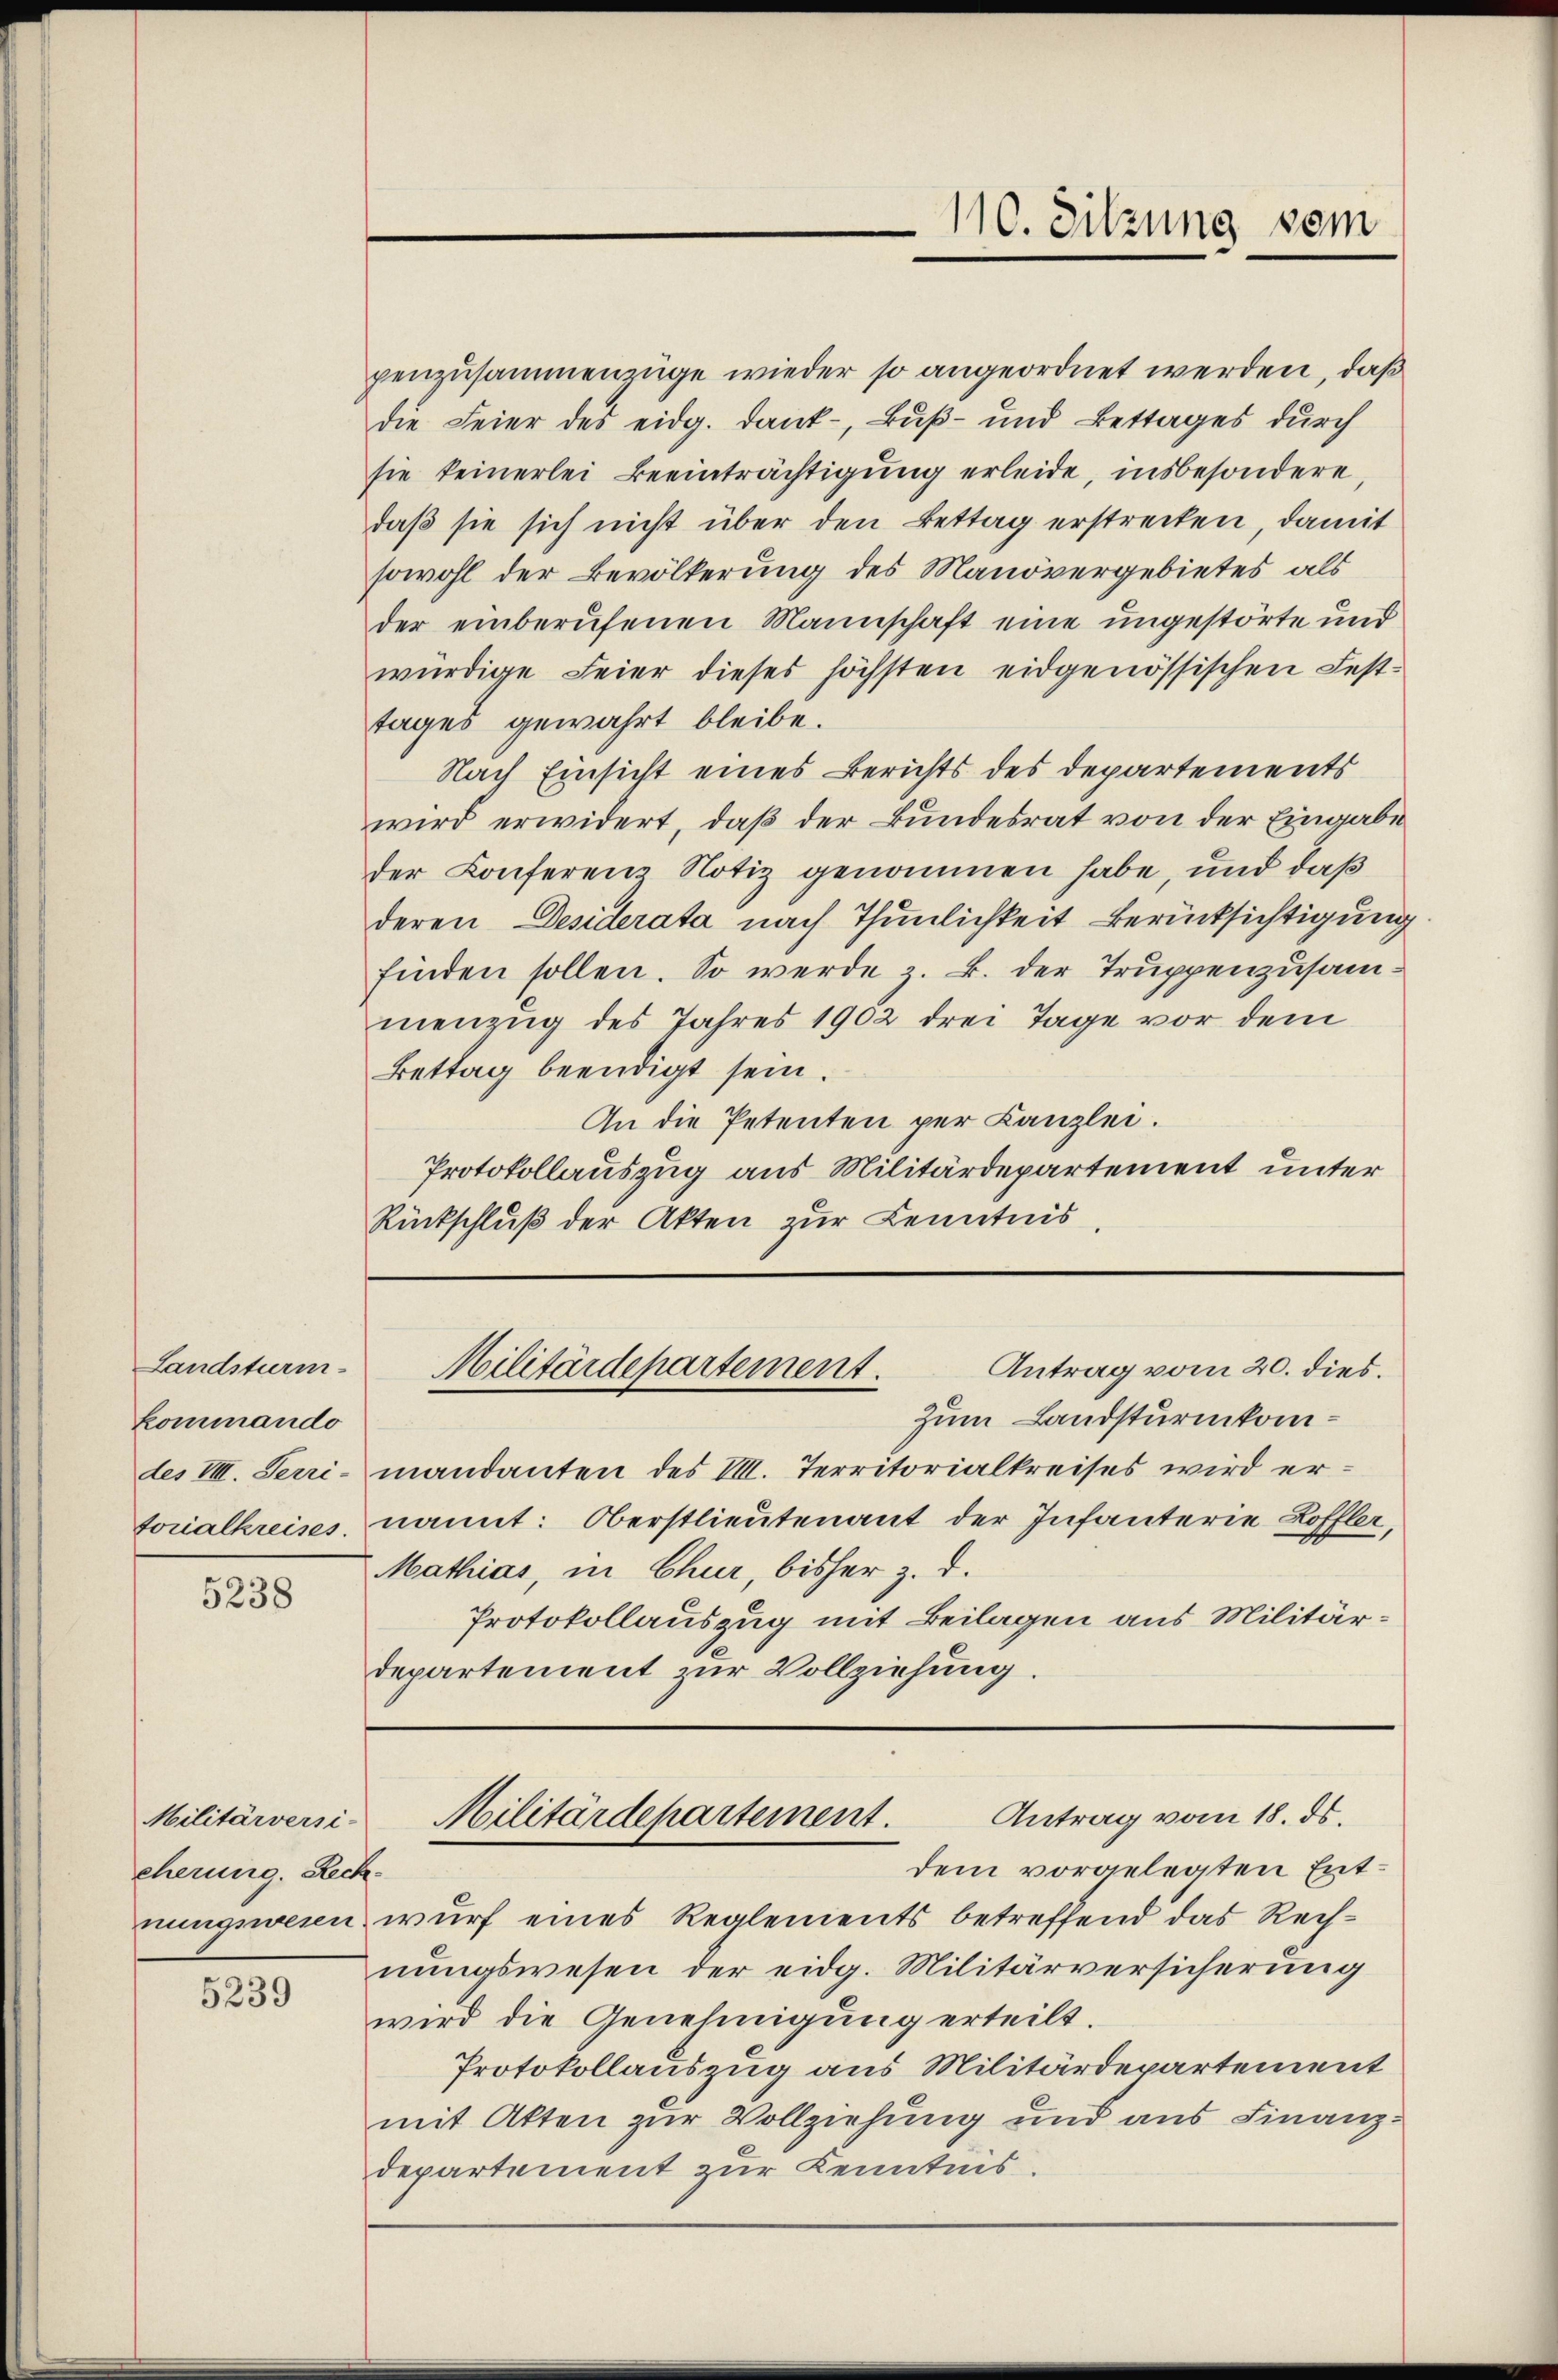
Landsturm.
kommando

5238

Militärversi-
cherung. Rech¬

5239

penzusammenzüge wieder so angeordnet werden, daß
die Feier des eidg. Dank- Buß- und Bettages durch
sie keinerlei Beeinträchtigung erleide, insbesondere
daß sie sich nicht über den Bettag erstrecken, damit
sowohl der Bevölkerung des Manövergebietes als
der einberufenen Mannschaft eine ungestörte und
würdige Feier dieses höchsten eidgenössischen Fest-
tages gewährt bleibe.
Nach Einsicht eines Berichts des Departements
wird erwidert, daß der Bundesrat von der Eingabe
der Conferenz Notiz genommen habe, und daß
deren Desiderata nach Thunlichkeit Berücksichtigung
finden sollen. So werde z. B. der Truppenzusammenzug des Jahres 1902 drei Tage vor dem
Bettag beendigt sein.
An die Petenten per Kanzlei.
Protokollauszug aus Militärdepartement unter
Rückschluß der Akten zur Kenntnis,

110. Sitzung vom

Antrag vom 20. dies.
Militärdepartement.

Zum Landsturmkomdes VII. Serri-mandanten des VIII. Territorialkreises wird er-
torialkreises, nannt: Oberstlieutenant der Infanterie Löffler,
Mathias, in Chur, bisher z. d.
Protokollauszug mit Beilagen aus Militärdepartement zur Vollziehung.

nungswesen wurf eines Reglements betreffend das Rechnungswesen der eidg. Militärversicherung
wird die Genehmigung erteilt.
Protokollauszug aus Militärdepartement
mit Atten zur Vollziehung und aus Finanzdepartement zur Kenntnis.

Antrag vom 18. ds.
Militärdepartement.
dem vorgelegten Ent¬